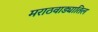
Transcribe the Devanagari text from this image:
मराठवाड्यातिल